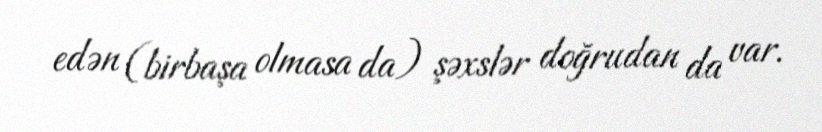
edən (birbaşa olmasa da) şəxslər doğrudan da var.